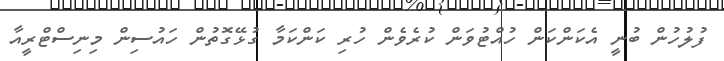
ފުލުހުން ބުނީ އެކަންކަން ހުއްޓުވަން ކުރެވެން ހުރި ކަންކަމާ ގުޅޭގޮތުން ހައުސިން މިނިސްޓްރީއާ